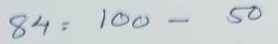
84 = 100 -50